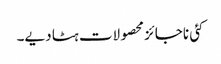
کئی ناجائز محصولات ہٹا دیے۔